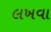
લખવા